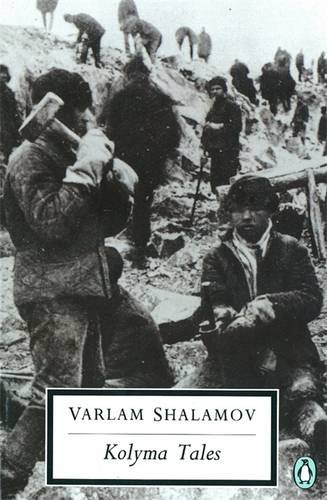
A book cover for Kolyma Tales (Classic, 20th-Century, Penguin); Varlam Shalamov; Literature & Fiction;